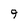
Character: 9